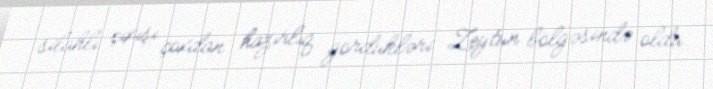
silahlı çıxışı çoxdan hazırlıq gördükləri Zeytun bölgəsində oldu.